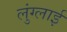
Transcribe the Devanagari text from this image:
लुंग्लाई